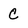
Character: C